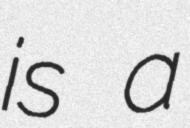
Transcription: is a